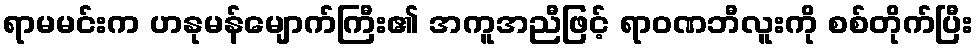
ရာမမင်းက ဟနုမန်မျောက်ကြီး၏ အကူအညီဖြင့် ရာဝဏဘီလူးကို စစ်တိုက်ပြီး